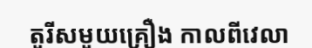
តួរីសមួយគ្រឿង កាលពីវេលា